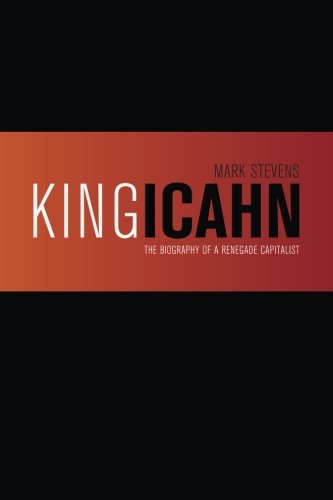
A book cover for King Icahn: The Biography of a Renegade Capitalist; Mark Stevens; Business & Money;